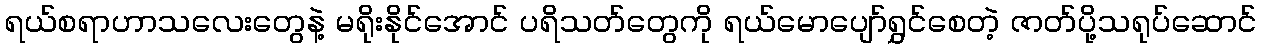
ရယ်စရာဟာသလေးတွေနဲ့ မရိုးနိုင်အောင် ပရိသတ်တွေကို ရယ်မောပျော်ရွှင်စေတဲ့ ဇာတ်ပို့သရုပ်ဆောင်